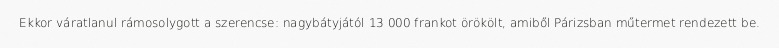
Ekkor váratlanul rámosolygott a szerencse: nagybátyjától 13 000 frankot örökölt, amiből Párizsban műtermet rendezett be.